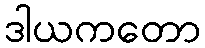
ဒါယကတော